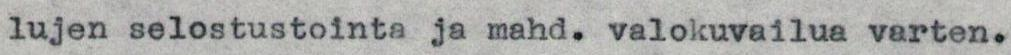
lujen selostustointa ja mahd. valokuvailua varten.